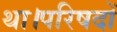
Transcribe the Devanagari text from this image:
था।परिषदों